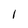
Character: I